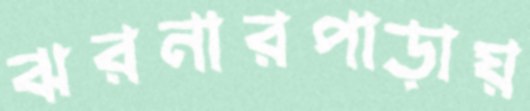
ঝরনারপাড়ায়